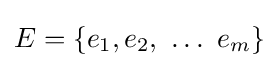
E=\{e_{1},e_{2},~\ldots ~e_{m}\}